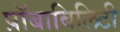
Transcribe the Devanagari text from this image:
प्रॉबाबिलिटी